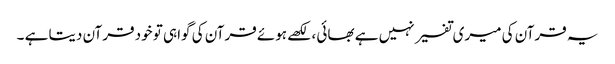
یہ قرآن کی میری تفسیر نہیں ہے بھائی ، لکھے ہوئے قرآن کی گواہی تو خود قرآن دیتا ہے ۔